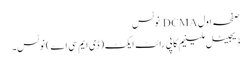
صفحہ اول DCMA نوٹس
ڈیجیٹل ملینیم کاپی رائٹ ایکٹ (ڈی ایم سی اے) نوٹس۔